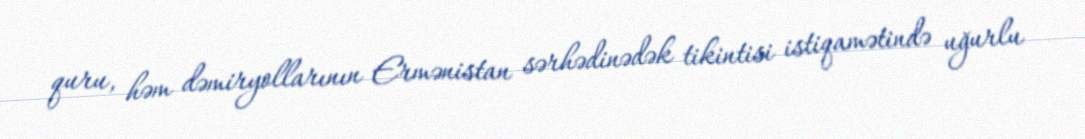
quru, həm dəmiryollarının Ermənistan sərhədinədək tikintisi istiqamətində uğurlu